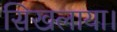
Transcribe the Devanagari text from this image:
सिखलाया।